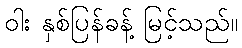
ဝါး နှစ်ပြန်ခန့် မြင့်သည်။